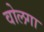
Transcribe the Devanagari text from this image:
वोलगा